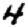
Digit: 4